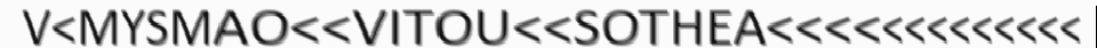
V<MYSMAO<<VITOU<<SOTHEA<<<<<<<<<<<<<